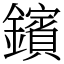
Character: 鑌